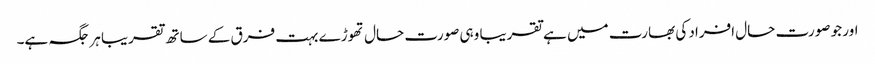
اور جو صورت حال افراد کی بھارت میں ہے تقریبا وہی صورت حال تھوڑے بہت فرق کے ساتھ تقریبا ہر جگہ ہے۔